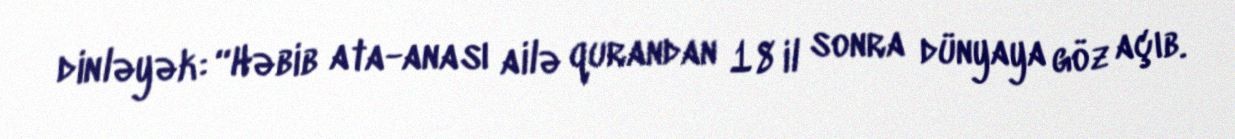
dinləyək: “Həbib ata-anası ailə qurandan 18 il sonra dünyaya göz açıb.